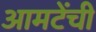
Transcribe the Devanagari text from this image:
आमटेंची